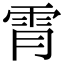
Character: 𫕟